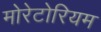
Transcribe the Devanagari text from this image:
मोरेटोरियम